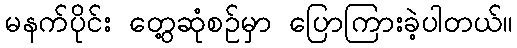
မနက်ပိုင်း တွေ့ဆုံစဉ်မှာ ပြောကြားခဲ့ပါတယ်။